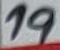
Text: 19